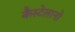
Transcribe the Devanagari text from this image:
कैस्टेलानो